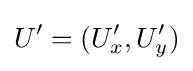
U'=(U'_{x},U'_{y})